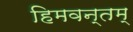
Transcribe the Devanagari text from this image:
हिमवन्तम्